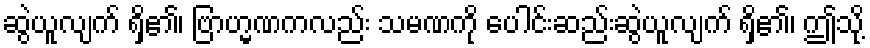
ဆွဲယူလျက် ရှိ၏၊ ဗြာဟ္မဏကလည်း သမဏကို ပေါင်းဆည်းဆွဲယူလျက် ရှိ၏၊ ဤသို့